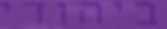
ביהודי